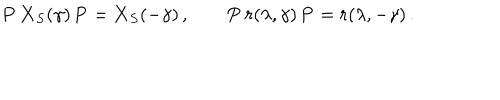
LaTeX: { \bf P } \, { \bf X } _ { S } ( \gamma ) \, { \bf P } = { \bf X } _ { S } ( - \gamma ) \, , \qquad { \bf P } \, r ( \lambda , \gamma ) \, { \bf P } = r ( \lambda , - \gamma ) \, .